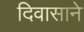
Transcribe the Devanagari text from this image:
दिवासाने